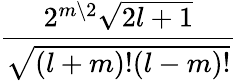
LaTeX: \frac{2^{m\setminus 2}{\sqrt{2l+1}}}{\sqrt{(l+m)!(l-m)!}}